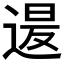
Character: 𮞡